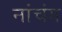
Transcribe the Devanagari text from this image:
नांचंग